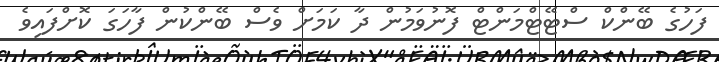
ފަހުގެ ބޭންކް ސްޓޭޓްމަންޓް ފޮނުވަމުން ދާ ކަމަށް ވެސް ބޭންކުން ފާހަގަ ކޮށްފައިވެ